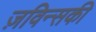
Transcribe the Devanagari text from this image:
ज़विन्सकी